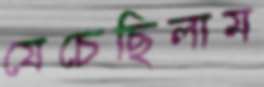
যেচেছিলাম